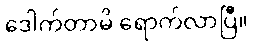
ဒေါက်တာမိ ရောက်လာပြီ။